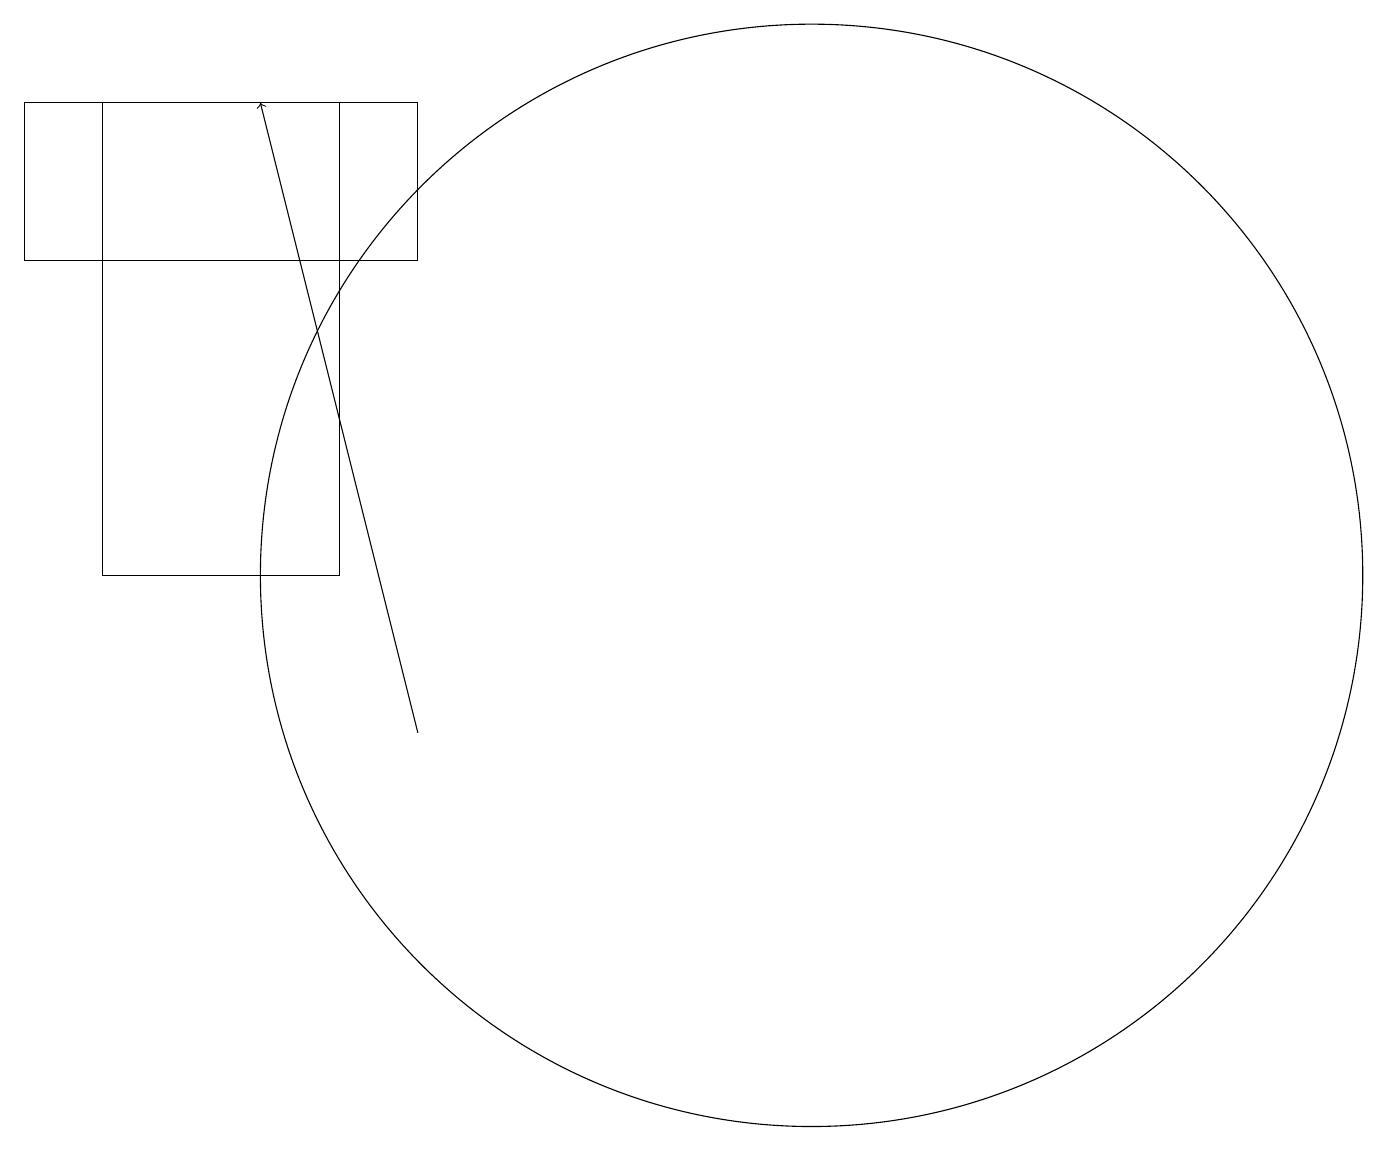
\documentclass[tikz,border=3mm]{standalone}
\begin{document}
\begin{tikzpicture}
\draw (3,12) rectangle (6,18);
\draw (12,12) circle (7);
\draw (7,18) rectangle (2,16);
\draw[->] (7,10) -- (5,18);
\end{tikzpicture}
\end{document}